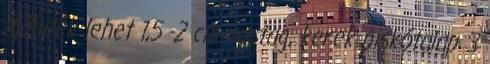
ajándék lehet 1,5 -2 cm vastag, kerek piskótalap 3